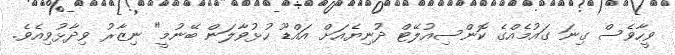
ވީހާވެސް ގިނަ ގައުމެއްގެ ކޮންސިއުލޭޓް ދުނިޔެއަށް އައްޑޫ ހުޅުވާލަން ބޭނުމީ" ނިޒާރު ވިދާޅުވިއެވެ.